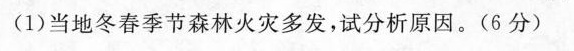
(1)当地冬春季节森林火灾多发，试分析原因。(6分)